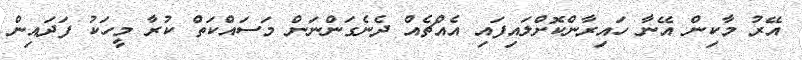
އޭރު މާކިން އޭނާ ހައިރާންކޮށްލައިފައި އެއްޗެއް ދެނެގަންނަން މަސައްކަތް ކުރާ މީހަކު ފަދައިން